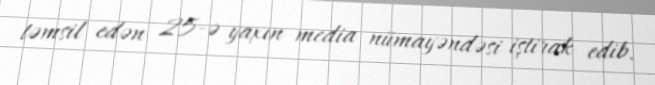
təmsil edən 25-ə yaxın media nümayəndəsi iştirak edib.